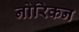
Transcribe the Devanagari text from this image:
नोरिकन